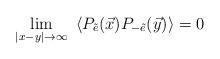
LaTeX: \begin{align*}\lim_{\vert x-y\vert\rightarrow\infty}~\langle P_{\tilde e}(\vec x) P_{-\tilde e}(\vec y) \rangle=0\end{align*}